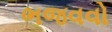
ભજવવો